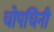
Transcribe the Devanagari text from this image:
चोपचिनी